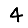
Digit: 4